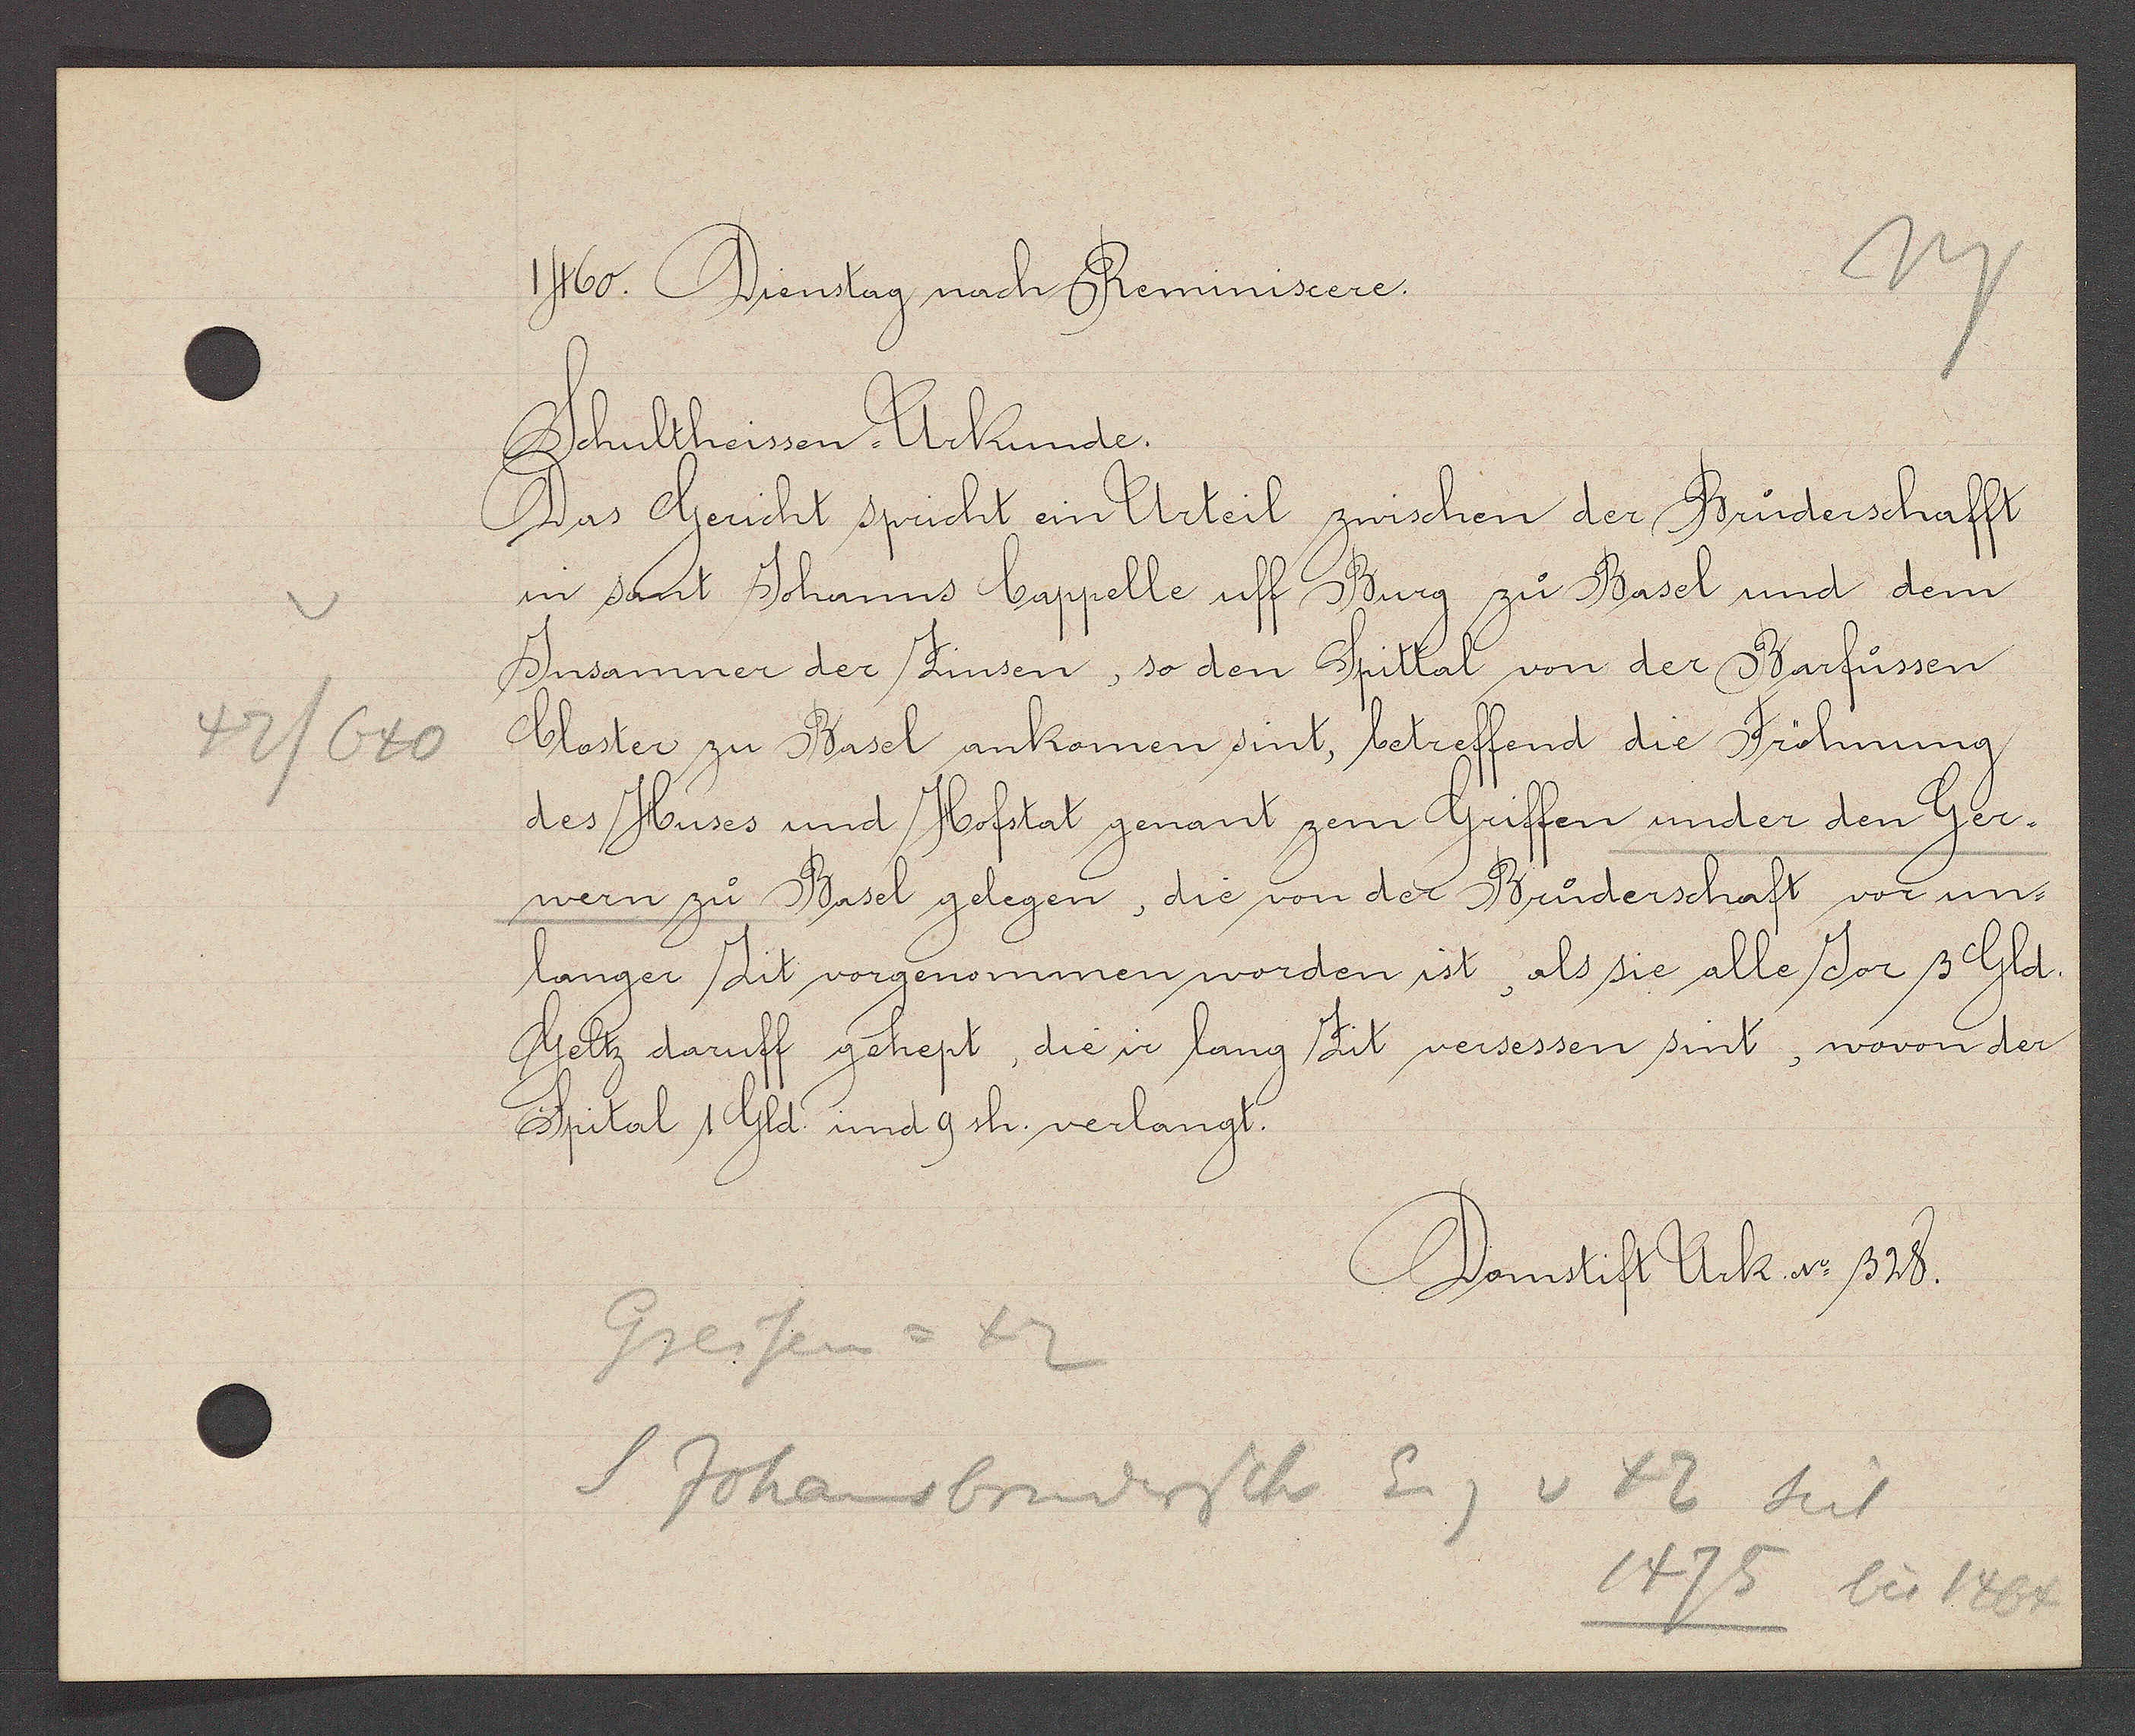
Transcript:
42/640

1460. Dienstag nach Reminiseere.

Schultheissen-Urkunde.
Das Gericht spricht ein Urteil zwischen der Bruderschafft
in sant Johanns Cappelle uff Burg zu Basel und dem
Jnsamner der Zinsen, so den Spittal von der Barfüssen
Closter zu Basel ankomen sint, betreffend die Fröhnung
des Huses und Hofstat genant zem Griffen under den Ger¬
wern zu Basel gelegen, die von der Bruderschaft vor un¬
langer Zit vorgenommen worden ist, als sie alle Jor 3 Gld.
Geltz daruff gehept, die ir lang Zit versessen sint, wovon der
Spital 1 Gld. und 9 sh. verlangt.

Domstift Urk. No. 328.

Greifen = 42
S. Johansbrudersch Eig v 42 seit
1475
bis 1464